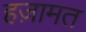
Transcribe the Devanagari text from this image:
हज़ामत